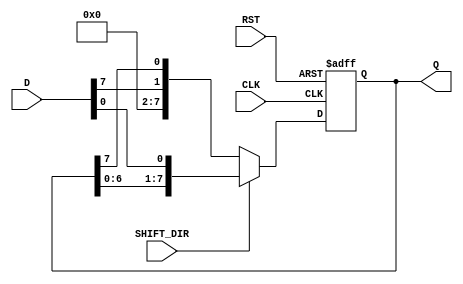
module ShiftRegister #(parameter N = 8) (
    input wire [N-1:0] D,          // Data input
    input wire CLK,                 // Clock input
    input wire RST,                 // Reset input
    input wire SHIFT_DIR,           // Shift direction (0 for left, 1 for right)
    output reg [N-1:0] Q            // Data output
);

    // Asynchronous reset and shifting behavior
    always @(posedge CLK or posedge RST) begin
        if (RST) begin
            Q <= {N{1'b0}}; // Reset all bits to 0
        end else if (SHIFT_DIR == 1'b0) begin // Left shift
            Q <= {D[N-1], Q[N-1:N-1]}; // Shift left and insert D into LSB
        end else begin // Right shift
            Q <= {Q[N-2:0], D[0]}; // Shift right and insert D into MSB
        end
    end

endmodule